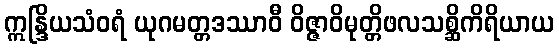
ဣန္ဒြိယသံဝရံ ယုဂမတ္တဒဿာဝီ ဝိဇ္ဇာဝိမုတ္တိဖလသစ္ဆိကိရိယာယ